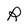
Character: R